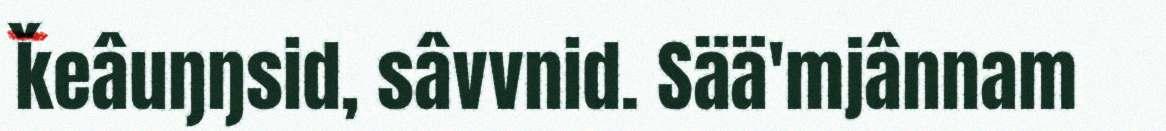
ǩeâuŋŋsid, sâvvnid. Sää'mjânnam